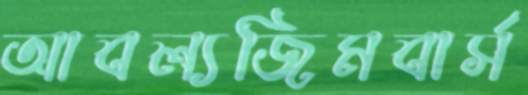
আবল্যজিমবার্স